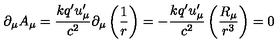
\partial _ { \mu } A _ { \mu } = \frac { k q ^ { \prime } u _ { \mu } ^ { \prime } } { c ^ { 2 } } \partial _ { \mu } \left( \frac 1 r \right) = - \frac { k q ^ { \prime } u _ { \mu } ^ { \prime } } { c ^ { 2 } } \left( \frac { R _ { \mu } } { r ^ { 3 } } \right) = 0